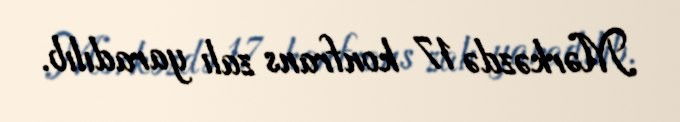
Mərkəzdə 17 konfrans zalı yaradılıb.